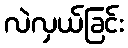
လဲလှယ်ခြင်း